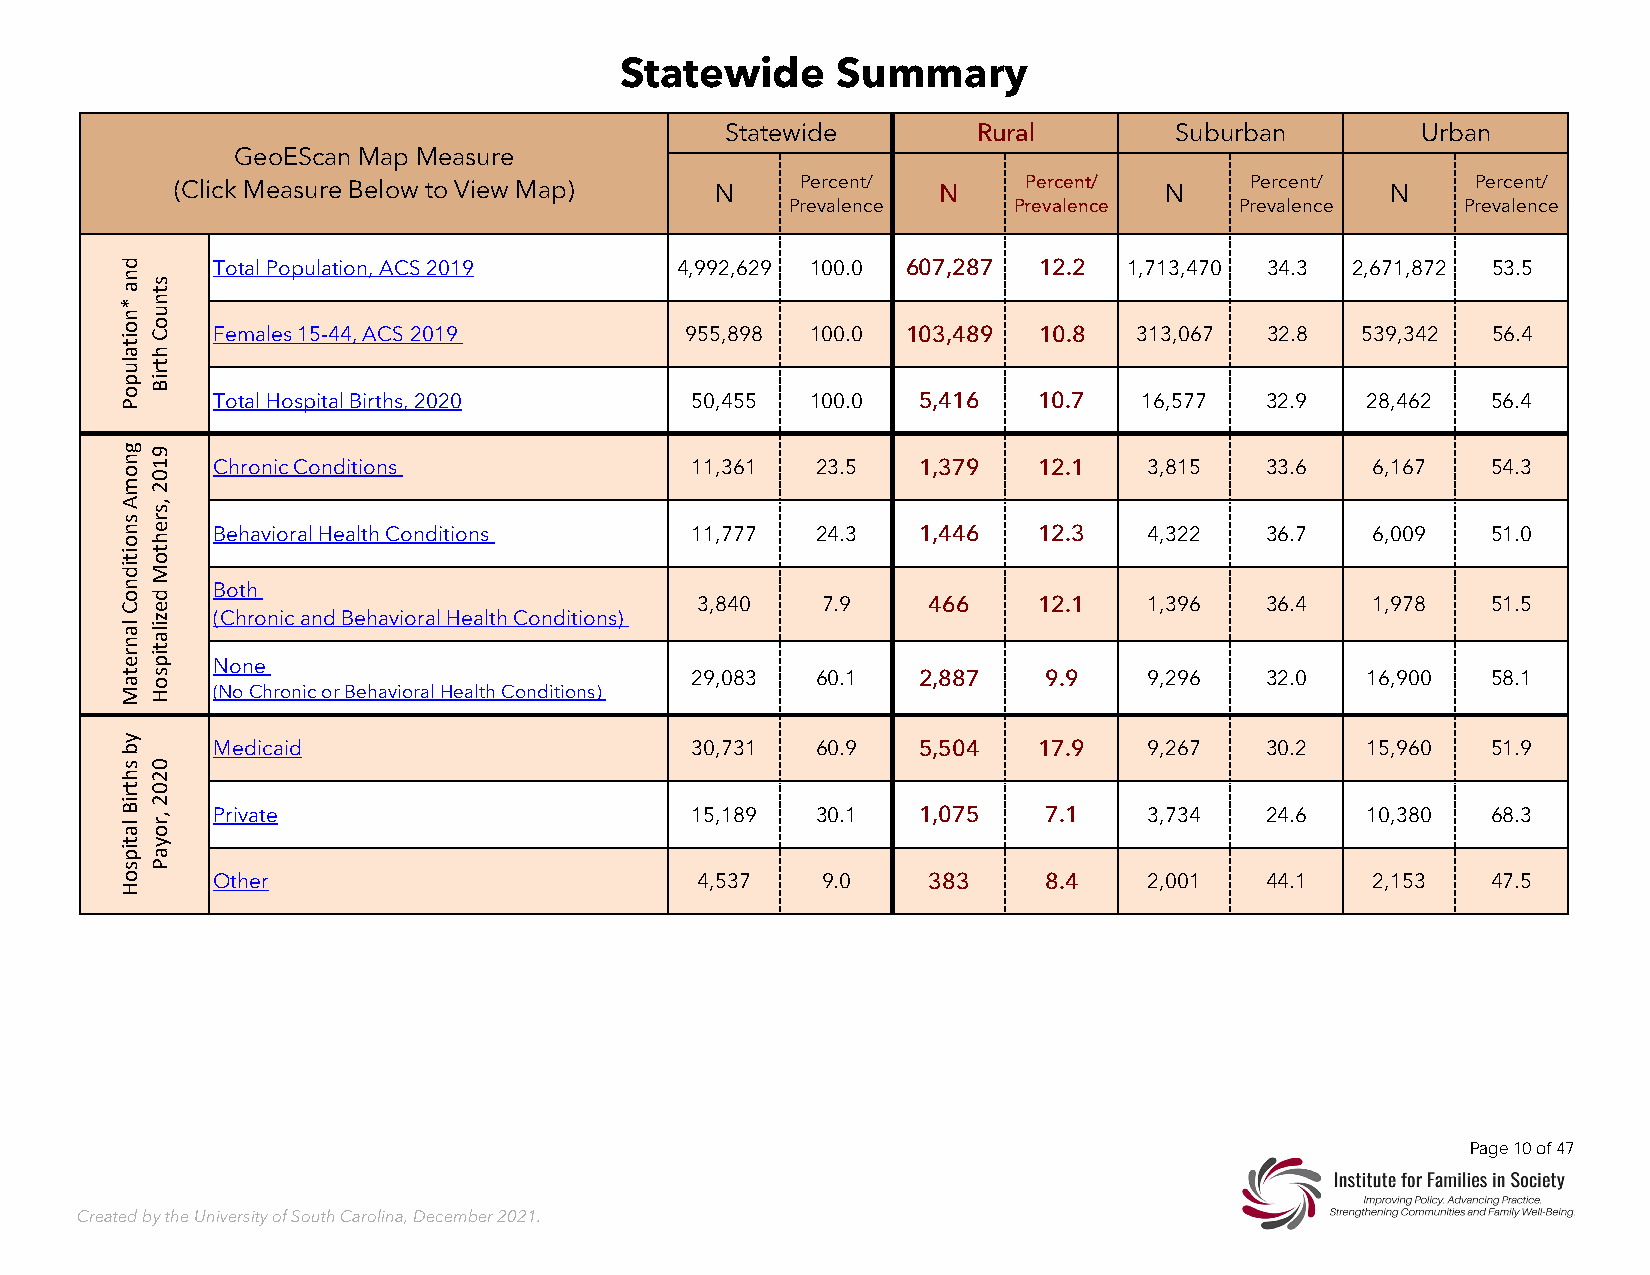
Statewide     Summary
 Statewide       Rural        Suburban         Urban
 GeoEScan Map Measure
 (Click Measure Below to View Map)   N     Percent/ N     Percent/ N    Percent/  N    Percent/
 Prevalence     Prevalence     Prevalence     Prevalence
 Total Population, ACS 2019    4,992,629 100.0 607,287 12.2  1,713,470 34.3 2,671,872 53.5
 Females 15-44, ACS 2019        955,898 100.0  103,489 10.8   313,067  32.8  539,342 56.4
 Total Hospital Births, 2020    50,455  100.0  5,416   10.7   16,577  32.9   28,462  56.4
 Chronic Conditions             11,361   23.5  1,379   12.1    3,815  33.6    6,167  54.3
 Behavioral Health Conditions   11,777   24.3  1,446   12.3    4,322  36.7    6,009  51.0
 Both
 3,840   7.9    466    12.1    1,396  36.4    1,978  51.5
 (Chronic and Behavioral Health Conditions)
 None
 29,083   60.1  2,887    9.9    9,296  32.0   16,900  58.1
 (No Chronic or Behavioral Health Conditions)
 Medicaid                       30,731   60.9  5,504   17.9    9,267  30.2   15,960  51.9
 Private                        15,189   30.1  1,075    7.1    3,734  24.6   10,380  68.3
 Other                           4,537   9.0    383     8.4    2,001  44.1    2,153  47.5
 Page 10 of 47
 Created by the University of South Carolina, December 2021.
 dna
 *noitalupoP
 gnomA
 snoitidnoC
 lanretaM
 yb
 shtriB
 latipsoH
 stnuoC
 htriB
 9102
 ,srehtoM
 dezilatipsoH
 0202
 ,royaP